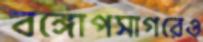
বঙ্গোপসাগরেও